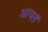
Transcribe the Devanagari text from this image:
आयतं